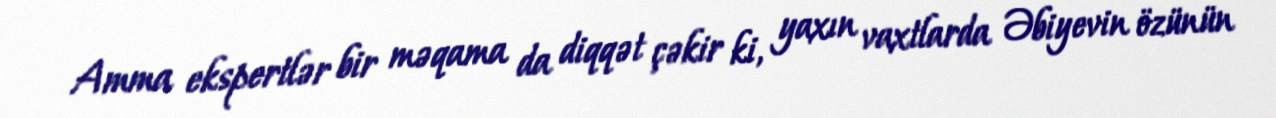
Amma ekspertlər bir məqama da diqqət çəkir ki, yaxın vaxtlarda Əbiyevin özünün